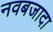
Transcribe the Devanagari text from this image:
नवबजादा